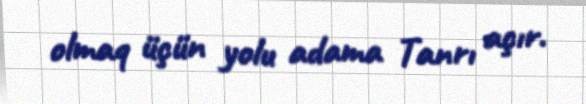
olmaq üçün yolu adama Tanrı açır.